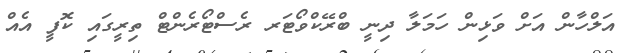
އަލްހާން އަށް ވަޅިން ހަމަލާ ދިނީ ބްރޭކްވޯޓަރ ރެސްޓޯރެންޓް ތިރީގައި ކޮފީ އެއް